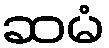
ဆမံ